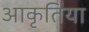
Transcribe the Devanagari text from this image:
आकृतिया